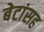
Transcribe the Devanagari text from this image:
बेटांसह